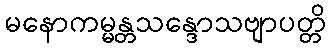
မနောကမ္မန္တသန္ဒောသဗျာပတ္တိ